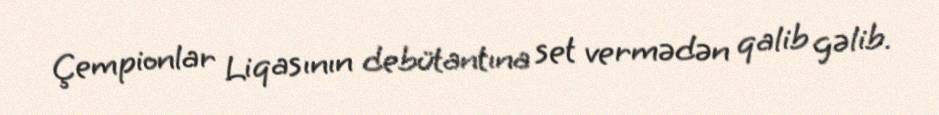
Çempionlar Liqasının debütantına set vermədən qalib gəlib.